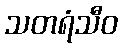
သတရံသီဝ